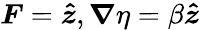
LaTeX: \boldsymbol{F}=\boldsymbol{\hat{z}},\boldsymbol{\nabla}\eta=\beta\boldsymbol{\hat{z}}